65_HS1-834228961_62-HQ-83894_Section_5
Agency: FBI
Page 53
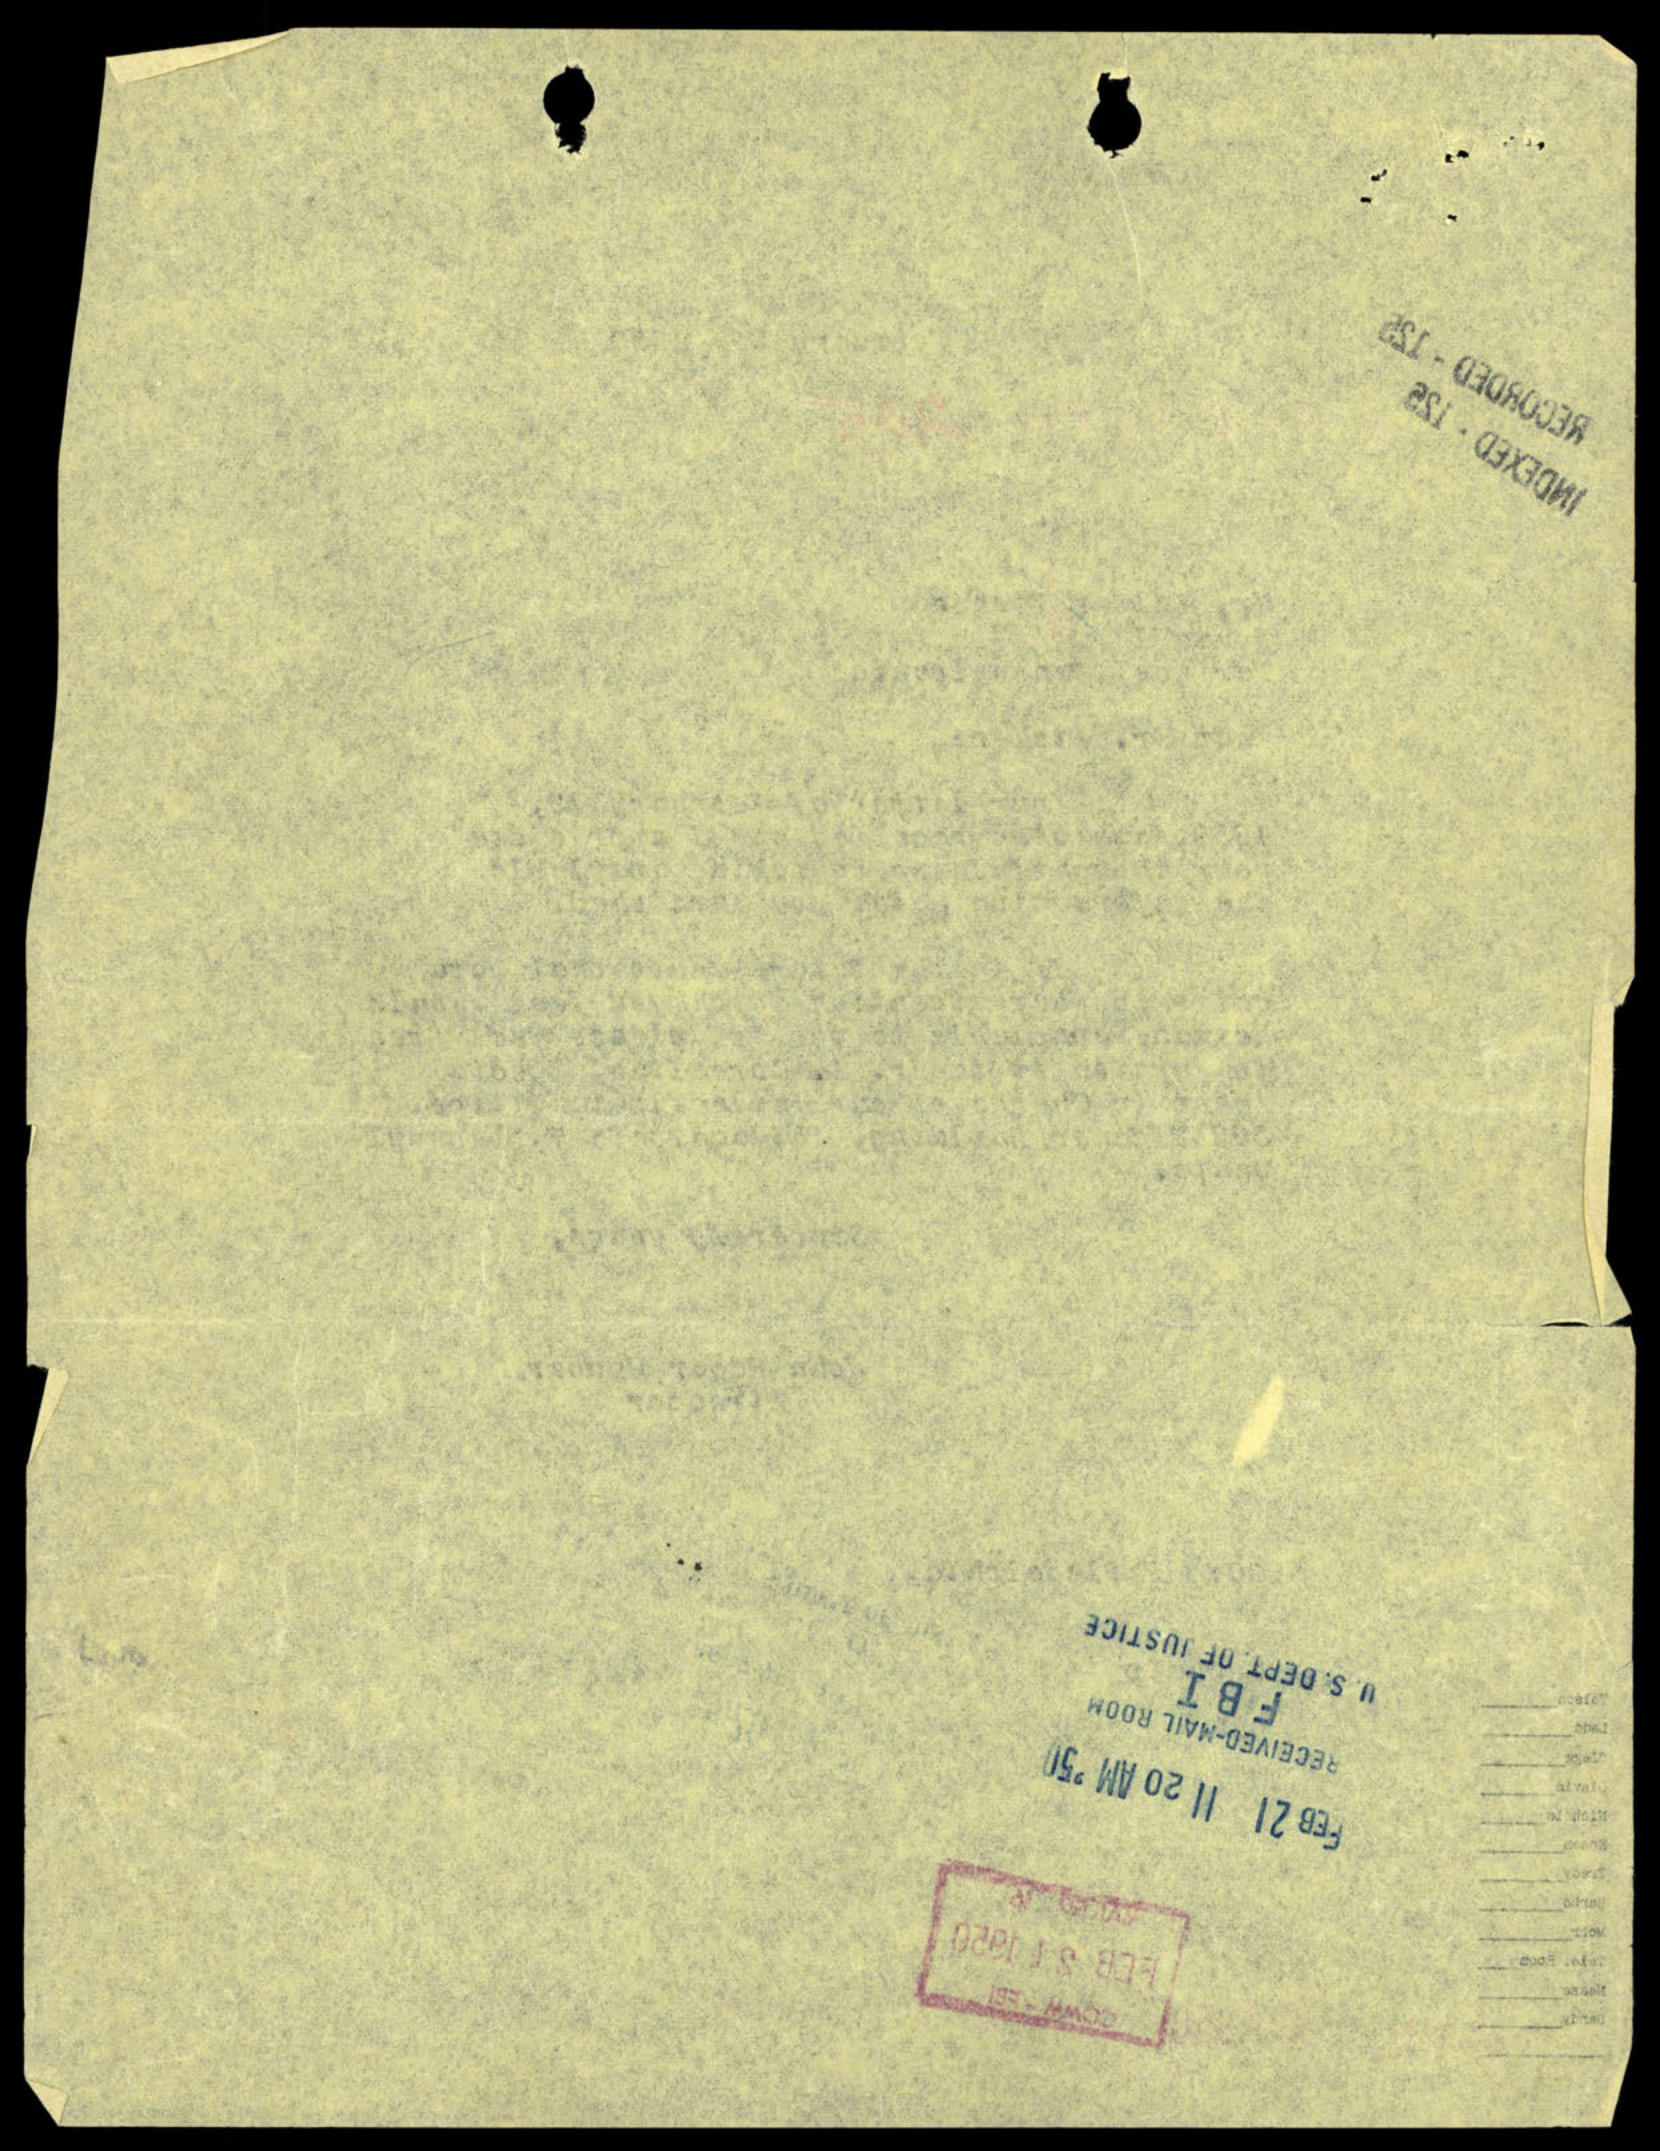